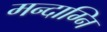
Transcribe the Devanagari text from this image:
मन्दाग्नि